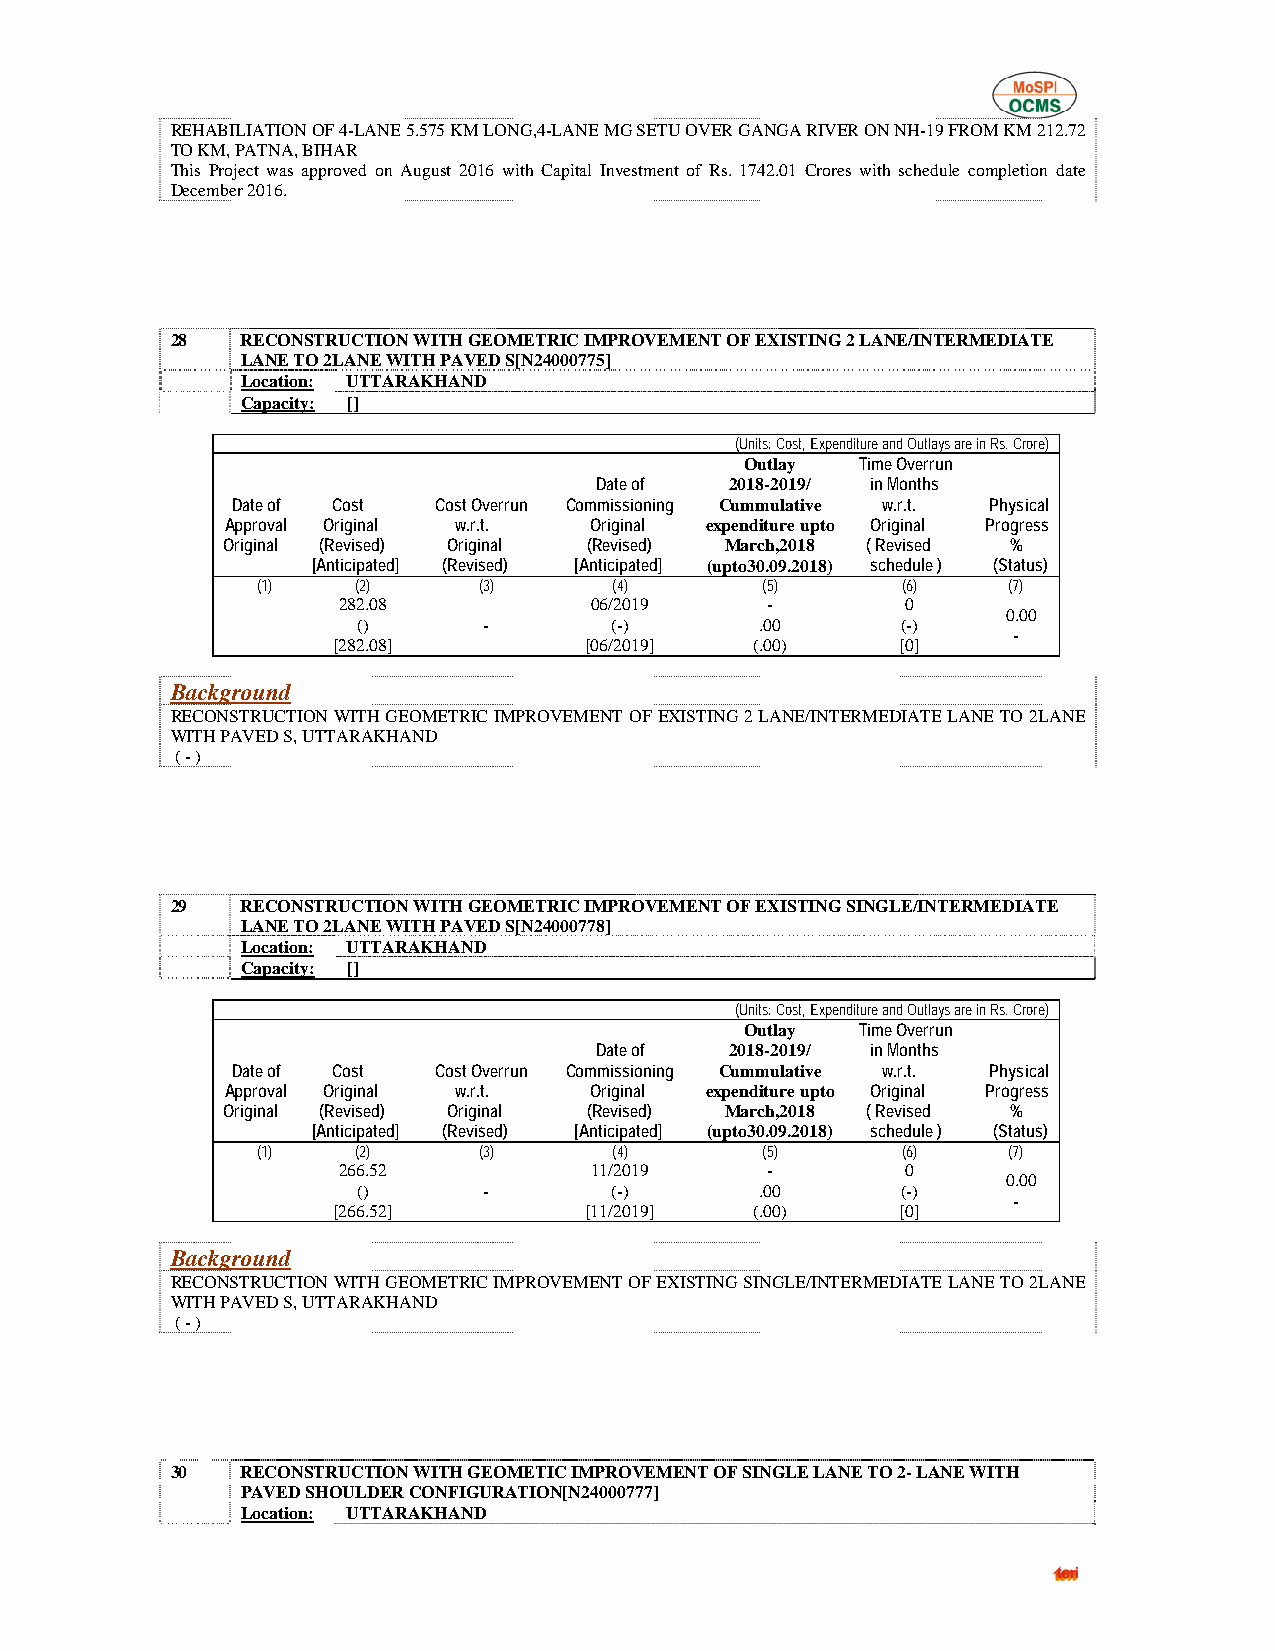
REHABILIATION OF 4-LANE 5.575 KM LONG,4-LANE MG SETU OVER GANGA RIVER ON NH-19 FROM KM 212.72
 TO KM, PATNA, BIHAR
 This Project was approved on August 2016 with Capital Investment of Rs. 1742.01 Crores with schedule completion date
 December 2016.
 28   RECONSTRUCTION WITH GEOMETRIC IMPROVEMENT OF EXISTING 2 LANE/INTERMEDIATE
 LANE TO 2LANE WITH PAVED S[N24000775]
 Location: UTTARAKHAND
 Capacity: []
 (Units: Cost, Expenditure and Outlays are in Rs. Crore)
 Outlay  Time Overrun
 Date of  2018-2019/ in Months
 Date of Cost  Cost Overrun Commissioning Cummulative w.r.t. Physical
 Approval Original w.r.t. Original expenditure upto Original Progress
 Original (Revised) Original (Revised) March,2018 ( Revised %
 [Anticipated] (Revised) [Anticipated] (upto30.09.2018) schedule ) (Status)
 (1)    (2)     (3)      (4)      (5)       (6)    (7)
 282.08           06/2019     -        0
 0.00
 ()      -       (-)       .00       (-)
 -
 [282.08]         [06/2019]  (.00)     [0]
 Background
 RECONSTRUCTION WITH GEOMETRIC IMPROVEMENT OF EXISTING 2 LANE/INTERMEDIATE LANE TO 2LANE
 WITH PAVED S, UTTARAKHAND
 ( - )
 29   RECONSTRUCTION WITH GEOMETRIC IMPROVEMENT OF EXISTING SINGLE/INTERMEDIATE
 LANE TO 2LANE WITH PAVED S[N24000778]
 Location: UTTARAKHAND
 Capacity: []
 (Units: Cost, Expenditure and Outlays are in Rs. Crore)
 Outlay  Time Overrun
 Date of  2018-2019/ in Months
 Date of Cost  Cost Overrun Commissioning Cummulative w.r.t. Physical
 Approval Original w.r.t. Original expenditure upto Original Progress
 Original (Revised) Original (Revised) March,2018 ( Revised %
 [Anticipated] (Revised) [Anticipated] (upto30.09.2018) schedule ) (Status)
 (1)    (2)     (3)      (4)      (5)       (6)    (7)
 266.52           11/2019     -        0
 0.00
 ()      -       (-)       .00       (-)
 -
 [266.52]         [11/2019]  (.00)     [0]
 Background
 RECONSTRUCTION WITH GEOMETRIC IMPROVEMENT OF EXISTING SINGLE/INTERMEDIATE LANE TO 2LANE
 WITH PAVED S, UTTARAKHAND
 ( - )
 30   RECONSTRUCTION WITH GEOMETIC IMPROVEMENT OF SINGLE LANE TO 2- LANE WITH
 PAVED SHOULDER CONFIGURATION[N24000777]
 Location: UTTARAKHAND